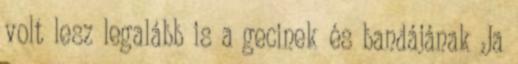
volt lesz legalább is a gecinek és bandájának Ja